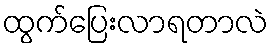
ထွက်ပြေးလာရတာလဲ